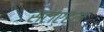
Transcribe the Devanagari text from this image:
स्टाएहल